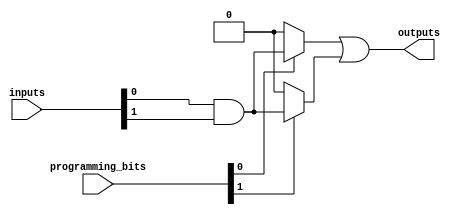
module SPAL (
    input  wire [N-1:0] inputs,          // Input signals
    input  wire [M-1:0] programming_bits, // Configuration for AND gates
    output wire [P-1:0] outputs          // Output signals
);

parameter N = 4; // Number of input signals
parameter M = 2; // Number of AND gates
parameter P = 1; // Number of output signals

// Internal wires for AND gate outputs
wire [M-1:0] and_outputs;

// Programmable AND array
generate
    genvar i;
    for (i = 0; i < M; i = i + 1) begin : and_gate
        assign and_outputs[i] = (programming_bits[i] == 1'b1) ? 
            (inputs[0] & inputs[1]) : 1'b0; // Example: AND gate connection with specific inputs
        // Extend the connections as needed based on the programming bits
    end
endgenerate

// Fixed OR array
assign outputs[0] = and_outputs[0] | and_outputs[1]; // Fixed OR combination, expand as needed

endmodule